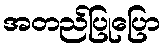
အတည်ပြုပြော